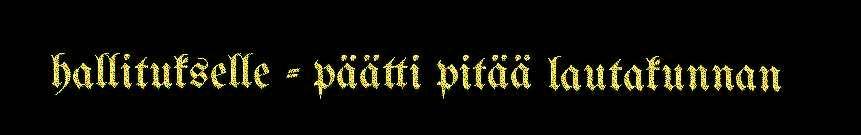
hallitukselle - päätti pitää lautakunnan